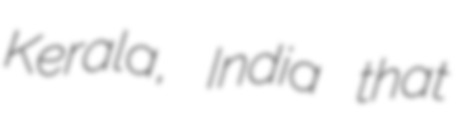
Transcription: Kerala, India that